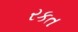
રકત